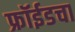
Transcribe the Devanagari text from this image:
फ्रॉईडचा